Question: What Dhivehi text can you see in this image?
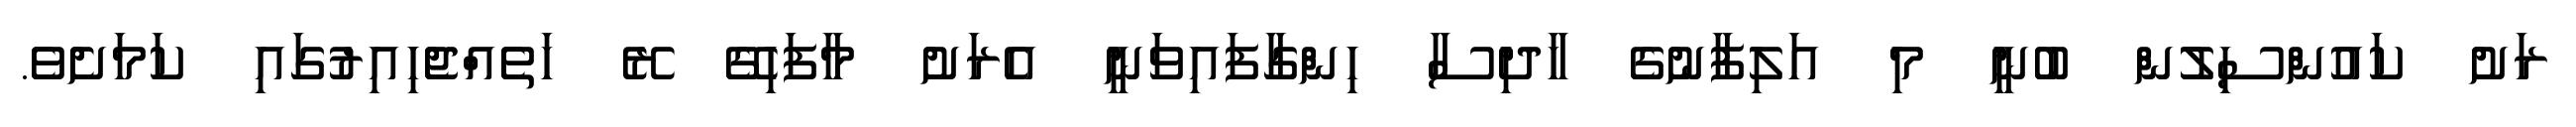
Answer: ރަށު ކައުންސިލުން ބުނީ މި އަލިފާނުގެ ހާދިސާ ހިންގާފައިވަނީ އެރަށު މާފަހިގޭ ރޭ ހަތެއްޖެހިއިރުގައި ކަމަށެވެ.